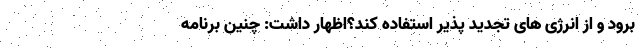
برود و از انرژی های تجدید پذیر استفاده کند؟اظهار داشت: چنین برنامه